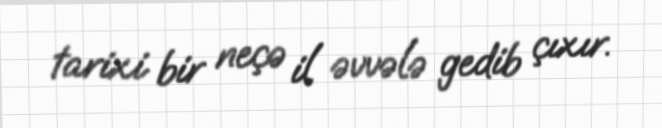
tarixi bir neçə il əvvələ gedib çıxır.